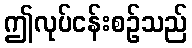
ဤလုပ်ငန်းစဉ်သည်